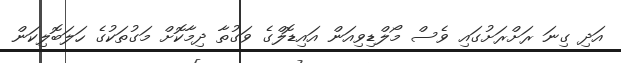
އަދި ގިނަ ރަށްރަށުގައި ވެސް މޯލްޑިވިއަން އައިޑޮލްގެ ވަގުތާ ދިމާކޮށް މަގުތަކުގެ ހަލަބޮލިކަން